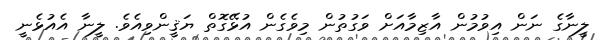
ލީނާގެ ނަން އިވުމުން އާޒިމާއަށް ވަގުތުން މިވެގެން އުޅޭގޮތް ޔަޤީންވިއެވެ. ލީނާ އެއުޅެނީ